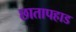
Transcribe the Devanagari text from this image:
छातापहाड